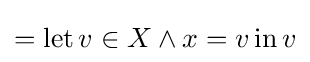
=\operatorname {let} v\in X\land x=v\operatorname {in} v